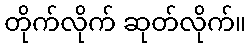
တိုက်လိုက် ဆုတ်လိုက်။